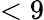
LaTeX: <9